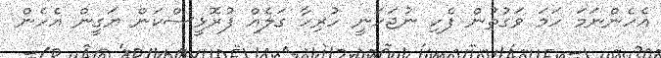
އެހެންނަމަ ހަމަ ވަގުތުން ފެހި ނުޖަހަނީ ހުރިހާ ގަލެއް ފުރޮޅީސްކަން ޔަގީން އެހެން